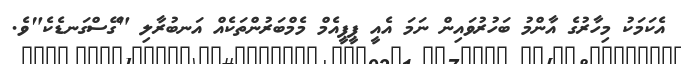
އެކަމަކު މިހާރުގެ އާންމު ބަހުރުވައިން ނަމަ އެއީ ޕީޕީއެމް މެމްބަރުންތަކެއް އަނބުރާލި "ގޭސްގަނޑެކެ"ވެ.